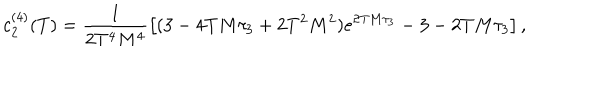
LaTeX: c _ { 2 } ^ { ( 4 ) } ( T ) = \frac { 1 } { 2 T ^ { 4 } M ^ { 4 } } \left[ ( 3 - 4 T M \tau _ { 3 } + 2 T ^ { 2 } M ^ { 2 } ) e ^ { 2 T M \tau _ { 3 } } - 3 - 2 T M \tau _ { 3 } \right] ,